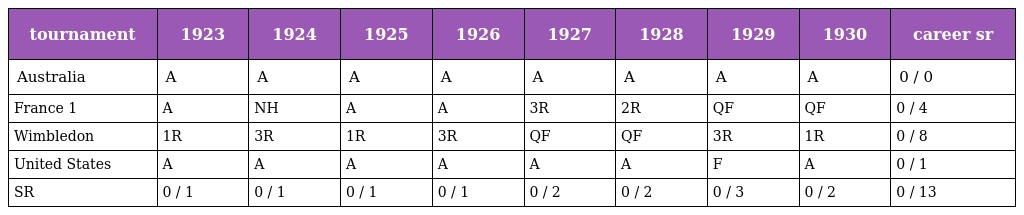
| tournament | 1923 | 1924 | 1925 | 1926 | 1927 | 1928 | 1929 | 1930 | career sr |
 | --- | --- | --- | --- | --- | --- | --- | --- | --- | --- |
 | Australia | A | A | A | A | A | A | A | A | 0 / 0 |
 | France 1 | A | NH | A | A | 3R | 2R | QF | QF | 0 / 4 |
 | Wimbledon | 1R | 3R | 1R | 3R | QF | QF | 3R | 1R | 0 / 8 |
 | United States | A | A | A | A | A | A | F | A | 0 / 1 |
 | SR | 0 / 1 | 0 / 1 | 0 / 1 | 0 / 1 | 0 / 2 | 0 / 2 | 0 / 3 | 0 / 2 | 0 / 13 |